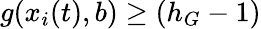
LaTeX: g(x_{i}(t),b)\geq(h_{G}-1)